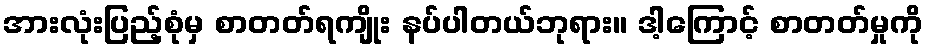
အားလုံးပြည့်စုံမှ စာတတ်ရကျိုး နပ်ပါတယ်ဘုရား။ ဒါ့ကြောင့် စာတတ်မှုကို